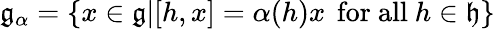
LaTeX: {\mathfrak{g}}_{\alpha}=\{ x\in{\mathfrak{g}}|[h,x]=\alpha(h)x\, {\mathrm{~for~all~}}h\in{\mathfrak{h}}\}